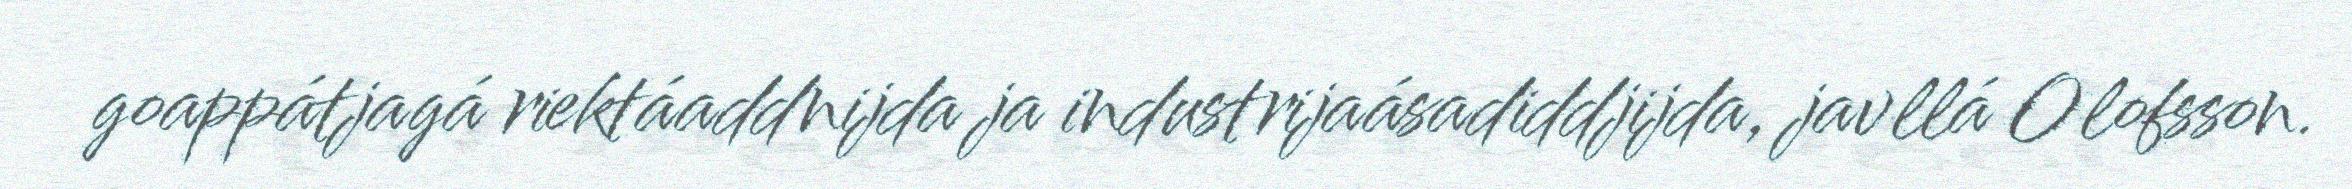
goappátjagá riektáaddnijda ja industrijaásadiddjijda, javllá Olofsson.